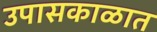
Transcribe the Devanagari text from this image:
उपासकाळात